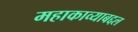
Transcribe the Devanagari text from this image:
महाकाव्याबद्दल